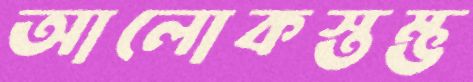
আলোকস্তম্ভ